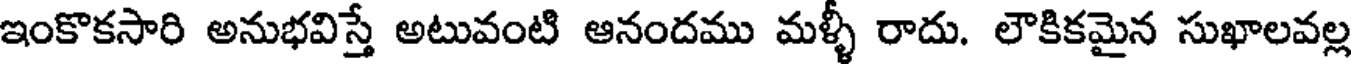
ఇంకొకసారి అనుభవిస్తే అటువంటి ఆనందము మళ్ళీ రాదు. లౌకికమైన సుఖాలవల్ల